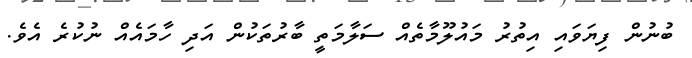
ބުނުން ފިޔަވައި އިތުރު މައުލޫމާތެއް ސަލާމަތީ ބާރުތަކުން އަދި ހާމައެއް ނުކުރެ އެވެ.